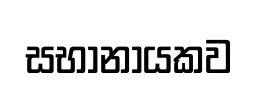
සභානායකව